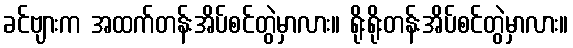
ခင်ဗျားက အထက်တန်းအိပ်စင်တွဲမှာလား။ ရိုးရိုးတန်းအိပ်စင်တွဲမှာလား။